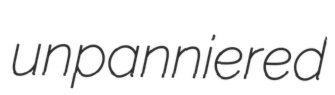
unpanniered